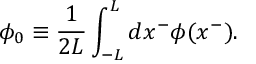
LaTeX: \phi _ { 0 } \equiv \frac { 1 } { 2 L } \int _ { - L } ^ { L } d x ^ { - } \phi ( x ^ { - } ) .